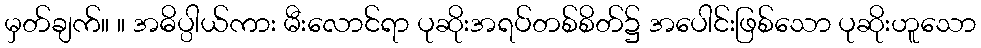
မှတ်ချက်။ ။ အဓိပ္ပါယ်ကား မီးလောင်ရာ ပုဆိုးအရပ်တစ်စိတ်၌ အပေါင်းဖြစ်သော ပုဆိုးဟူသော